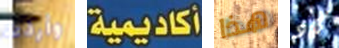
وأردت أكاديمية هذا كاد